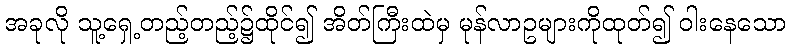
အခုလို သူ့ရှေ့တည့်တည့်၌ထိုင်၍ အိတ်ကြီးထဲမှ မုန်လာဥများကိုထုတ်၍ ဝါးနေသော